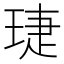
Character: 𬍫